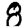
Digit: 8